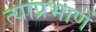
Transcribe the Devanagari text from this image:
त्याप्रभाणें